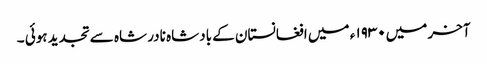
آخر میں۱۹۳۰ ء میں افغانستان کے بادشاہ نادر شاہ سے تجدید ہوئی ۔